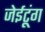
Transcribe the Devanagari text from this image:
जेईटूंग